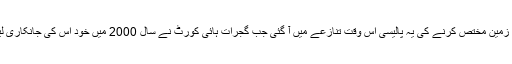
ایم ایل اے کو سستی قیمت میں زمین مختص کرنے کی یہ پالیسی اس وقت تنازعے میں آ گئی جب گجرات ہائی کورٹ نے سال 2000 میں خود اس کی جانکاری لیتے ہوئے معاملہ درج کیا تھا۔